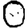
Digit: 0